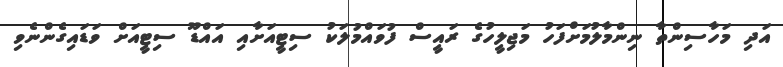
އަދި މަހާސިންތާ ނިންމާލުމަށްފަހު މަޖިލީހުގެ ރައީސް ފުވައްމުލަކު ސިޓީއަށާއި އައްޑޫ ސިޓީއަށް ވަޑައިގެންނެވި